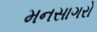
મનસાગરો